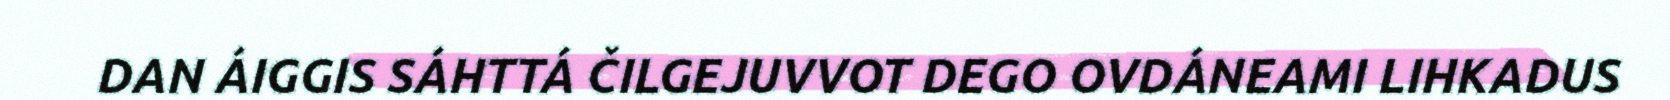
DAN ÁIGGIS SÁHTTÁ ČILGEJUVVOT DEGO OVDÁNEAMI LIHKADUS